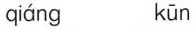
qiáng kūn